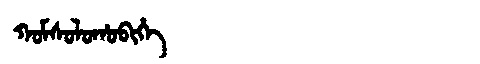
Manchu: ᡴᠣᠮᠰᠣᠯᠣᡥᠣᠪᡳᡥᡝ
Romanization: KOMSOLOHOBIHE